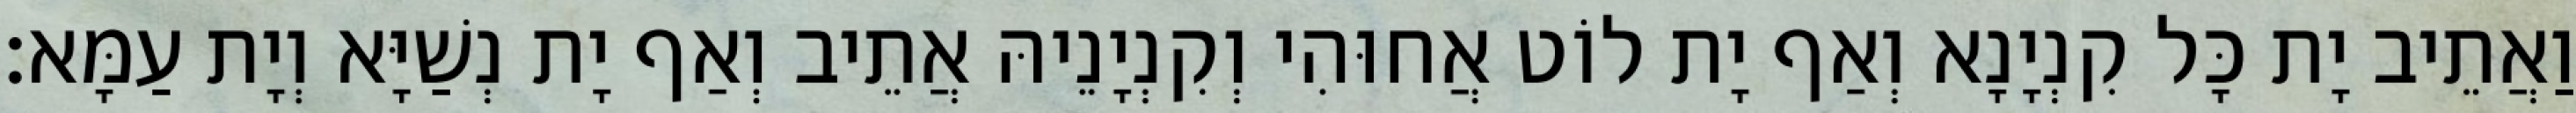
וַאֲתֵיב יָת כָּל קִנְיָנָא וְאַף יָת לוֹט אֲחוּהִי וְקִנְיָנֵיהּ אֲתֵיב וְאַף יָת נְשַׁיָּא וְיָת עַמָּא׃